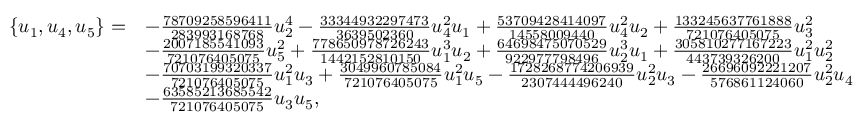
\begin{array} { r l } { \{ u _ { 1 } , u _ { 4 } , u _ { 5 } \} = } & { - \frac { 7 8 7 0 9 2 5 8 5 9 6 4 1 1 } { 2 8 3 9 9 3 1 6 8 7 6 8 } u _ { 2 } ^ { 4 } - \frac { 3 3 3 4 4 9 3 2 2 9 7 4 7 3 } { 3 6 3 9 5 0 2 3 6 0 } u _ { 4 } ^ { 2 } u _ { 1 } + \frac { 5 3 7 0 9 4 2 8 4 1 4 0 9 7 } { 1 4 5 5 8 0 0 9 4 4 0 } u _ { 4 } ^ { 2 } u _ { 2 } + \frac { 1 3 3 2 4 5 6 3 7 7 6 1 8 8 8 } { 7 2 1 0 7 6 4 0 5 0 7 5 } u _ { 3 } ^ { 2 } } \\ & { - \frac { 2 0 0 7 1 8 5 5 4 1 0 9 3 } { 7 2 1 0 7 6 4 0 5 0 7 5 } u _ { 5 } ^ { 2 } + \frac { 7 7 8 6 5 0 9 7 8 7 2 6 2 4 3 } { 1 4 4 2 1 5 2 8 1 0 1 5 0 } u _ { 1 } ^ { 3 } u _ { 2 } + \frac { 6 4 6 9 8 4 7 5 0 7 0 5 2 9 } { 9 2 2 9 7 7 7 9 8 4 9 6 } u _ { 2 } ^ { 3 } u _ { 1 } + \frac { 3 0 5 8 1 0 2 7 7 1 6 7 2 2 3 } { 4 4 3 7 3 9 3 2 6 2 0 0 } u _ { 1 } ^ { 2 } u _ { 2 } ^ { 2 } } \\ & { - \frac { 7 0 7 0 3 1 9 9 3 2 0 3 3 7 } { 7 2 1 0 7 6 4 0 5 0 7 5 } u _ { 1 } ^ { 2 } u _ { 3 } + \frac { 3 0 4 9 9 6 0 7 8 5 0 8 4 } { 7 2 1 0 7 6 4 0 5 0 7 5 } u _ { 1 } ^ { 2 } u _ { 5 } - \frac { 1 7 2 8 2 6 8 7 7 4 2 0 6 9 3 9 } { 2 3 0 7 4 4 4 4 9 6 2 4 0 } u _ { 2 } ^ { 2 } u _ { 3 } - \frac { 2 6 6 9 6 0 9 2 2 2 1 2 0 7 } { 5 7 6 8 6 1 1 2 4 0 6 0 } u _ { 2 } ^ { 2 } u _ { 4 } } \\ & { - \frac { 6 3 5 8 5 2 1 3 6 8 5 5 4 2 } { 7 2 1 0 7 6 4 0 5 0 7 5 } u _ { 3 } u _ { 5 } , } \end{array}